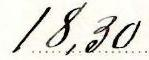
18,30